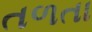
તળતા